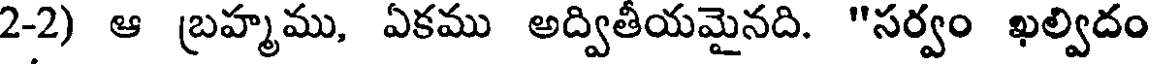
2-2) ఆ బ్రహ్మము, ఏకము అద్వితీయమైనది. "సర్వం ఖల్విదం